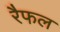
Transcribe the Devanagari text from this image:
रैफल